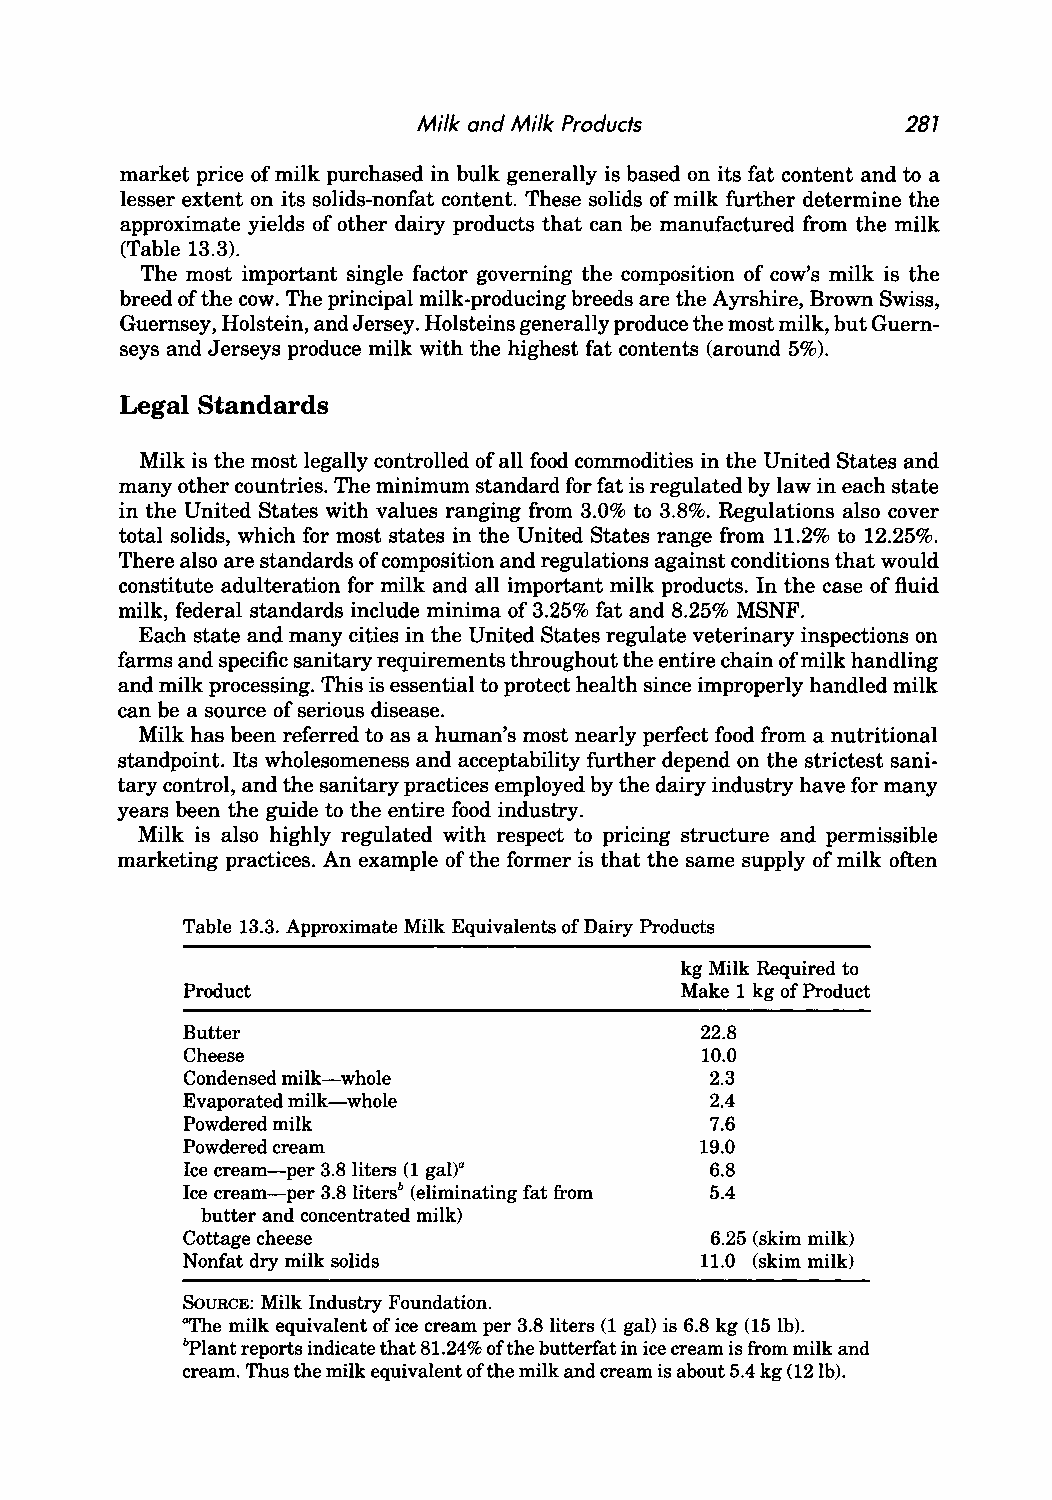
Milk and Milk Products          287
 market price of milk purchased in bulk generally is based on its fat content and to a
 lesser extent on its solids-nonfat content. These solids of milk further determine the
 approximate yields of other dairy products that can be manufactured from the milk
 (Table 13.3).
 The most important single factor governing the composition of cow's milk is the
 breed of the cow. The principal milk-producing breeds are the Ayrshire, Brown Swiss,
 Guernsey, Holstein, and Jersey. Holsteins generally produce the most milk, but Guern
 seys and Jerseys produce milk with the highest fat contents (around 5%).
 Legal Standards
 Milk is the most legally controlled of all food commodities in the United States and
 many other countries. The minimum standard for fat is regulated by law in each state
 in the United States with values ranging from 3.0% to 3.8%. Regulations also cover
 total solids, which for most states in the United States range from 11.2% to 12.25%.
 There also are standards of composition and regulations against conditions that would
 constitute adulteration for milk and all important milk products. In the case of fluid
 milk, federal standards include minima of 3.25% fat and 8.25% MSNF.
 Each state and many cities in the United States regulate veterinary inspections on
 farms and specific sanitary requirements throughout the entire chain of milk handling
 and milk processing. This is essential to protect health since improperly handled milk
 can be a source of serious disease.
 Milk has been referred to as a human's most nearly perfect food from a nutritional
 standpoint. Its wholesomeness and acceptability further depend on the strictest sani
 tary control, and the sanitary practices employed by the dairy industry have for many
 years been the guide to the entire food industry.
 Milk is also highly regulated with respect to pricing structure and permissible
 marketing practices. An example of the former is that the same supply of milk often
 Table 13.3. Approximate Milk Equivalents of Dairy Products
 kg Milk Required to
 Product                          Make 1 kg of Product
 Butter                            22.8
 Cheese                            10.0
 Condensed milk-whole               2.3
 Evaporated milk-whole              2.4
 Powdered milk                      7.6
 Powdered cream                    19.0
 Ice cream-per 3.8 liters (1 galt   6.8
 Ice cream-per 3.8 litersb (eliminating fat from 5.4
 butter and concentrated milk)
 Cottage cheese                     6.25 (skim milk)
 Nonfat dry milk solids            11.0 (skim milk)
 SOURCE: Milk Industry Foundation.
 "The milk equivalent of ice cream per 3.8 liters (1 gal) is 6.8 kg (15 lb).
 bPlant reports indicate that 81.24% of the butterfat in ice cream is from milk and
 cream. Thus the milk equivalent of the milk and cream is about 5.4 kg (12Ib).